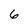
Character: 6